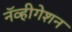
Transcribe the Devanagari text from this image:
नॅव्हीगेशन